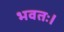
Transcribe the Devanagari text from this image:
भवतः।